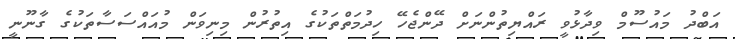
އަބްދު މައުސޫމް ވިދާޅުވީ ރައްޔިތުންނަށް ދޭންޖެހޭ ހިދުމަތްތަކުގެ އިތުރުން މިނިވަން މުއައްސަސާތަކުގެ ގާނޫނީ